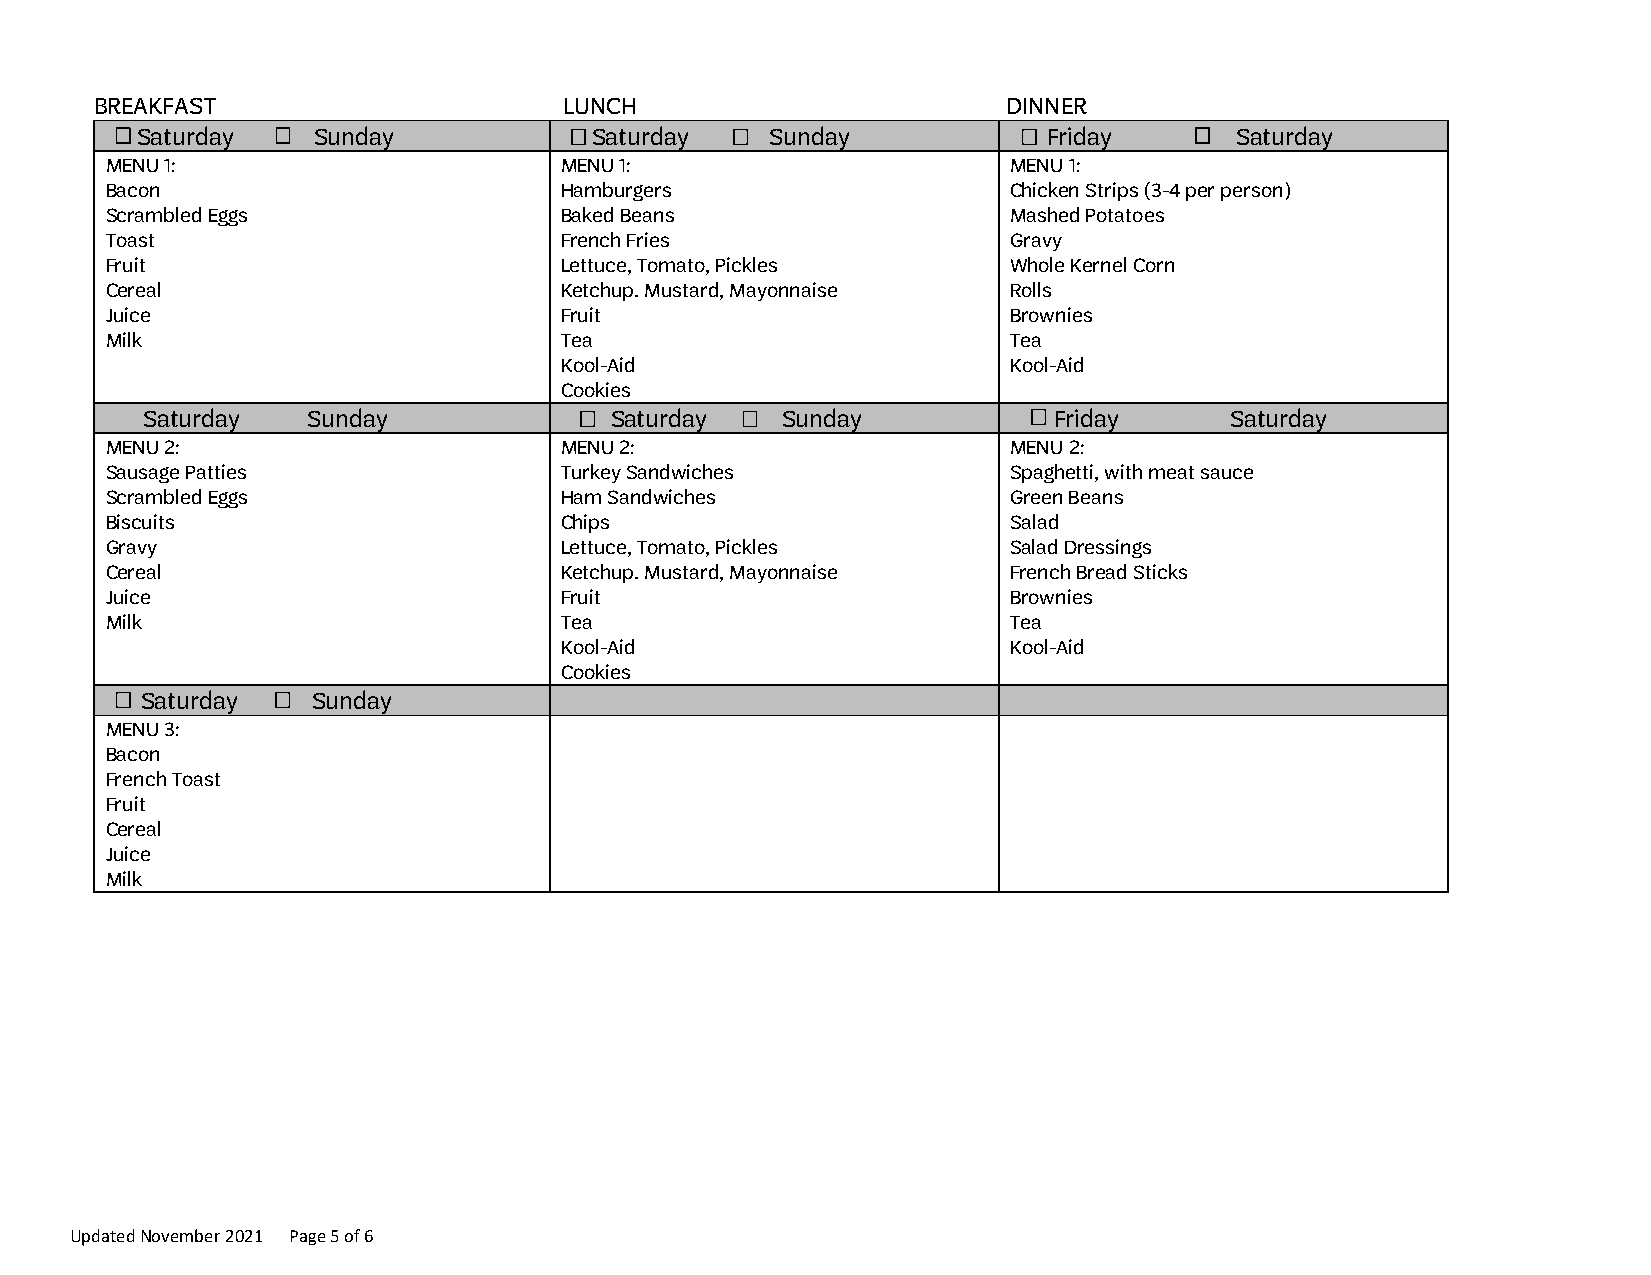
BREAKFAST                      LUNCH                         DINNER
 Saturday    Sunday            Saturday    Sunday            Friday       Saturday
 MENU 1:                       MENU 1:                       MENU 1:
 Bacon                         Hamburgers                    Chicken Strips (3-4 per person)
 Scrambled Eggs                Baked Beans                   Mashed Potatoes
 Toast                         French Fries                  Gravy
 Fruit                         Lettuce, Tomato, Pickles      Whole Kernel Corn
 Cereal                        Ketchup. Mustard, Mayonnaise  Rolls
 Juice                         Fruit                         Brownies
 Milk                          Tea                           Tea
 Kool-Aid                      Kool-Aid
 Cookies
 Saturday   Sunday              Saturday    Sunday            Friday     Saturday
 MENU 2:                       MENU 2:                       MENU 2:
 Sausage Patties               Turkey Sandwiches             Spaghetti, with meat sauce
 Scrambled Eggs                Ham Sandwiches                Green Beans
 Biscuits                      Chips                         Salad
 Gravy                         Lettuce, Tomato, Pickles      Salad Dressings
 Cereal                        Ketchup. Mustard, Mayonnaise  French Bread Sticks
 Juice                         Fruit                         Brownies
 Milk                          Tea                           Tea
 Kool-Aid                      Kool-Aid
 Cookies
 Saturday    Sunday
 MENU 3:
 Bacon
 French Toast
 Fruit
 Cereal
 Juice
 Milk
 Updated November 2021 Page 5 of 6